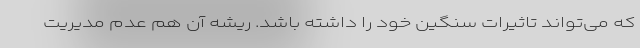
که می‌تواند تاثیرات سنگین خود را داشته باشد. ریشه آن هم عدم مدیریت